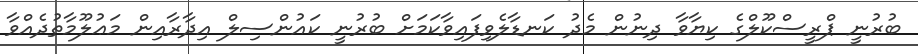
ބުރުނީ ޕްރީސްކޫލްގެ ކިޔާވާ ދިނުން މެދު ކަނޑާލެވިފައިވާކަމަށް ބުރުނީ ކައުންސިލް އިދާރާއިން މަޢުލޫމާތުދެއްވާ